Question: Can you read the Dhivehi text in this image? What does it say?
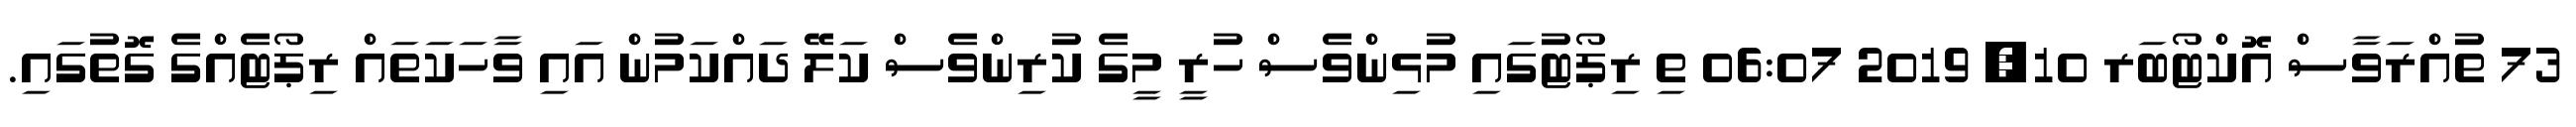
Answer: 73 ތުއްރަވާސް އޮކްޓޯބަރ 10, 2019 06:07 ތި ރިޕޯޓުގައި މުޅިންވެސް ހުރީ މީގެ ކުރިންވެސް ކަލޭ ދައްކަމުން އައި ވާހަކަތައް ރިޕޯޓެއްގެ ގޮތުގައި.